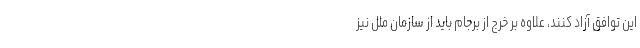
این توافق آزاد کنند، علاوه بر خرج از برجام باید از سازمان ملل نیز